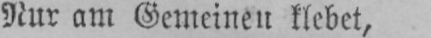
Nur am Gemeinen klebet,